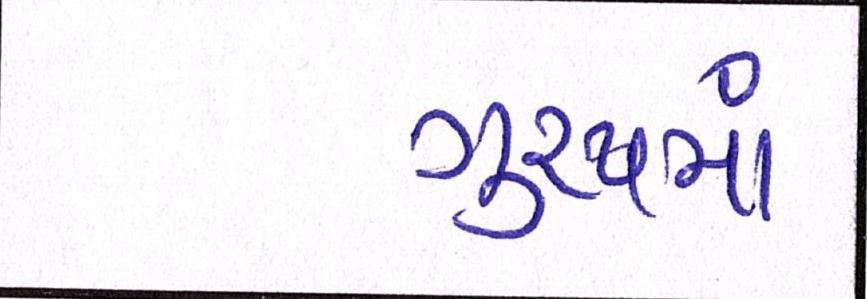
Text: ગુ્રપમાં